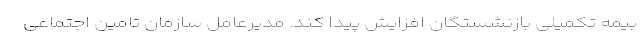
بیمه تکمیلی بازنشستگان افزایش پیدا کند. مدیرعامل سازمان تامین اجتماعی